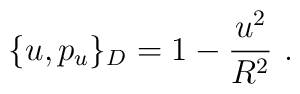
\{u,p_u\}_D=1-\frac{u^2}{R^2}\ .